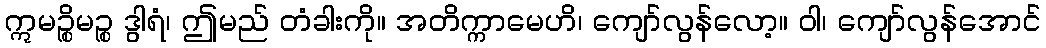
ဣမဉ္စိမဉ္စ ဒွါရံ၊ ဤမည် တံခါးကို။ အတိက္ကာမေဟိ၊ ကျော်လွန်လော့။ ဝါ၊ ကျော်လွန်အောင်